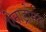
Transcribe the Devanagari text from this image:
ऐनाड्रोमस